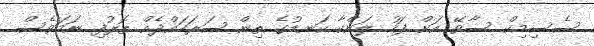
ސެސިމިކް ސާވޭ އަށް ފަހު ލަންކާ ކަނޑުގެ ތިން ސަރަހައްދެއް ތޮރުފި ނަމަވެސް